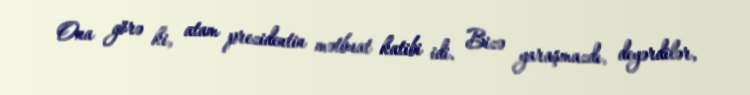
Ona görə ki, atam prezidentin mətbuat katibi idi. Bizə yaraşmazdı, deyərdilər,